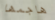
هاجمها